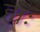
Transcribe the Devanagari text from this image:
ह्यः